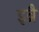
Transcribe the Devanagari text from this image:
इब्रै